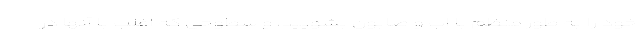
خود را به طور منظم با اب و صابون بشویید، و سطوحی که اغلب با آنها در